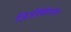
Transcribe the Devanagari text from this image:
जिजीविषेच्छंत